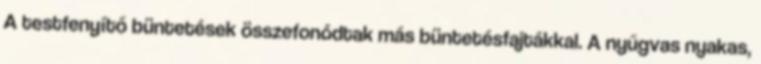
A testfenyítő büntetések összefonódtak más büntetésfajtákkal. A nyűgvas nyakas,